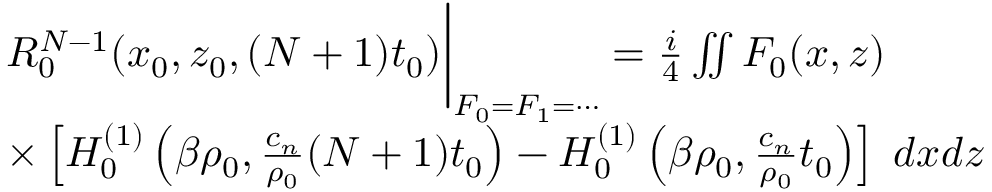
\begin{array} { r l } & { R _ { 0 } ^ { N - 1 } ( x _ { 0 } , z _ { 0 } , ( N + 1 ) t _ { 0 } ) \bigg \rvert _ { F _ { 0 } = F _ { 1 } = \cdots } = \frac { i } { 4 } \iint F _ { 0 } ( x , z ) } \\ & { \times \left[ H _ { 0 } ^ { ( 1 ) } \left( \beta \rho _ { 0 } , \frac { c _ { n } } { \rho _ { 0 } } ( N + 1 ) t _ { 0 } \right) - H _ { 0 } ^ { ( 1 ) } \left( \beta \rho _ { 0 } , \frac { c _ { n } } { \rho _ { 0 } } t _ { 0 } \right) \right] \; d x d z } \end{array}